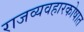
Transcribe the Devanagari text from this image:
राजव्यवहारकोषात